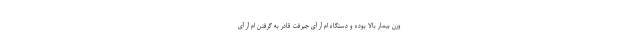
وزن بیمار بالا بوده و دستگاه ام آر آی جیرفت قادر به گرفتن ام آر آی